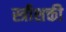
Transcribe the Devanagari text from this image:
स्त्रीशक्ती